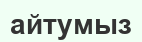
айтумыз